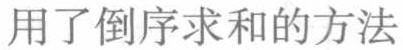
用了倒序求和的方法